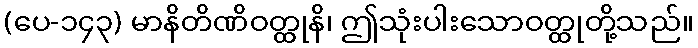
(ပေ-၁၄၃) မာနိတိဏိဝတ္ထုနိ၊ ဤသုံးပါးသောဝတ္ထုတို့သည်။